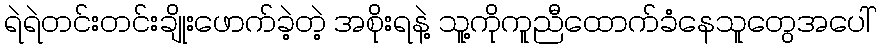
ရဲရဲတင်းတင်းချိုးဖောက်ခဲ့တဲ့ အစိုးရနဲ့ သူ့ကိုကူညီထောက်ခံနေသူတွေအပေါ်